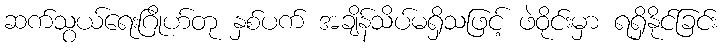
ဆက်သွယ်ရေးဂြိုဟ်တု နှစ်ပက် အချိန်သိပ်မရှိသဖြင့် ဖဲဝိုင်းမှာ ရရှိနိုင်ခြင်း